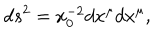
d s ^ { 2 } = x _ { 0 } ^ { - 2 } d x ^ { \mu } d x ^ { \mu } ,